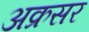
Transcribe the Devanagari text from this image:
अक्रसर